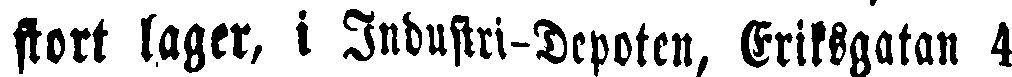
stort lager, i Industri-Depoten, Eriksgatan 4